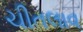
ચીતલાવ